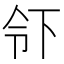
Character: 𬾂